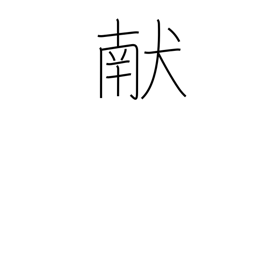
Meaning: offering